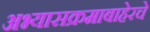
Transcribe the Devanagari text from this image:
अभ्यासक्रमाबाहेरचे